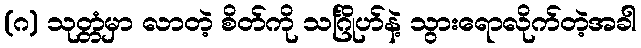
(ဂ) သုတ္တံမှာ လာတဲ့ စိတ်ကို သင်္ဂြိုဟ်နဲ့ သွားရောလိုက်တဲ့အခါ